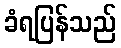
ခံရပြန်သည်